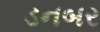
ડનબર